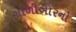
ગોળીબારનો